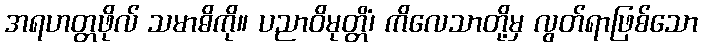
အရဟတ္တဖိုလ် သမာဓိကို။ ပညာဝိမုတ္တိံ၊ ကိလေသာတို့မှ လွတ်ရာဖြစ်သော